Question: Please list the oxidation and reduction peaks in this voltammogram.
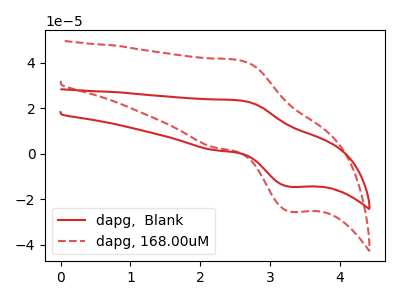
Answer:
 <answer>The red curve "dapg,  Blank" has an anodic peak at (2.55V, 23.40uA) and a cathodic peak at (3.30V, -14.50uA). The red dashed curve "dapg, 168.00uM" has an anodic peak at (2.55V, 41.05uA) and a cathodic peak at (3.30V, -25.45uA).</answer>
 <eval></eval>